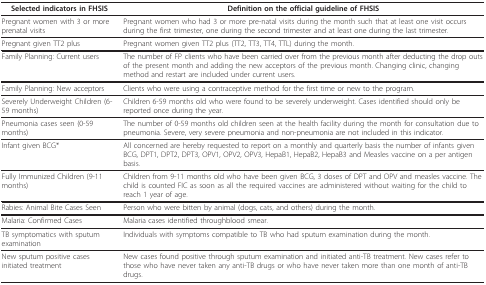
<table><thead><tr><td><b>Selected indicators in FHSIS</b></td><td><b>Definition on the official guideline of FHSIS</b></td></tr></thead><tbody><tr><td>Pregnant women with 3 or more prenatal visits</td><td>Pregnant women who had 3 or more pre-natal visits during the month such that at least one visit occurs during the first trimester, one during the second trimester and at least one during the last trimester.</td></tr><tr><td>Pregnant given TT2 plus</td><td>Pregnant women given TT2 plus (TT2, TT3, TT4, TTL) during the month.</td></tr><tr><td>Family Planning: Current users</td><td>The number of FP clients who have been carried over from the previous month after deducting the drop outs of the present month and adding the new acceptors of the previous month. Changing clinic, changing method and restart are included under current users.</td></tr><tr><td>Family Planning: New acceptors</td><td>Clients who were using a contraceptive method for the first time or new to the program.</td></tr><tr><td>Severely Underweight Children (6-59 months)</td><td>Children 6-59 months old who were found to be severely underweight. Cases identified should only be reported once during the year.</td></tr><tr><td>Pneumonia cases seen (0-59 months)</td><td>The number of 0-59 months old children seen at the health facility during the month for consultation due to pneumonia. Severe, very severe pneumonia and non-pneumonia are not included in this indicator.</td></tr><tr><td>Infant given BCG*</td><td>All concerned are hereby requested to report on a monthly and quarterly basis the number of infants given BCG, DPT1, DPT2, DPT3, OPV1, OPV2, OPV3, HepaB1, HepaB2, HepaB3 and Measles vaccine on a per antigen basis.</td></tr><tr><td>Fully Immunized Children (9-11 months)</td><td>Children from 9-11 months old who have been given BCG, 3 doses of DPT and OPV and measles vaccine. The child is counted FIC as soon as all the required vaccines are administered without waiting for the child to reach 1 year of age.</td></tr><tr><td>Rabies: Animal Bite Cases Seen</td><td>Person who were bitten by animal (dogs, cats, and others) during the month.</td></tr><tr><td>Malaria: Confirmed Cases</td><td>Malaria cases identified throughblood smear.</td></tr><tr><td>TB symptomatics with sputum examination</td><td>Individuals with symptoms compatible to TB who had sputum examination during the month.</td></tr><tr><td>New sputum positive cases initiated treatment</td><td>New cases found positive through sputum examination and initiated anti-TB treatment. New cases refer to those who have never taken any anti-TB drugs or who have never taken more than one month of anti-TB drugs.</td></tr></tbody></table>